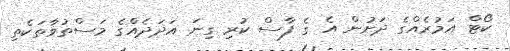
ކޯޓް އަމުރެއްގެ ދަށުން އެ ގެ ފާސް ކުރި ގިނަ އަދަދެއްގެ މަސްތުވާތަކެތި